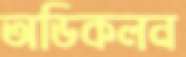
অডিকলন